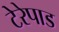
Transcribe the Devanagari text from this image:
टेरेपाड